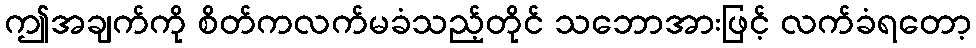
ဤအချက်ကို စိတ်ကလက်မခံသည့်တိုင် သဘောအားဖြင့် လက်ခံရတော့